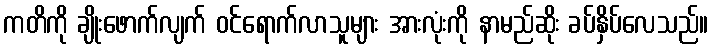
ကတိကို ချိုးဖောက်လျက် ဝင်ရောက်လာသူများ အားလုံးကို နာမည်ဆိုး ခပ်နှိပ်လေသည်။